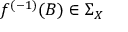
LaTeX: f ^ { ( - 1 ) } ( B ) \in \Sigma _ { X }